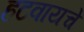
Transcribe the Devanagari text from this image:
हटवायचे